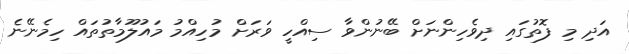
އަދި މި ފޮތުގައި ދިވެހިންނަށް ބޭނުންވާ ސިއްހީ ވަރަށް މުހިއްމު މައުލޫމާތުތައް ހިމެނޭނެ